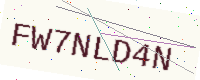
Text: FW7NLD4N